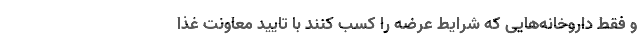
و فقط داروخانه‌هایی که شرایط عرضه را کسب کنند با تایید معاونت غذا